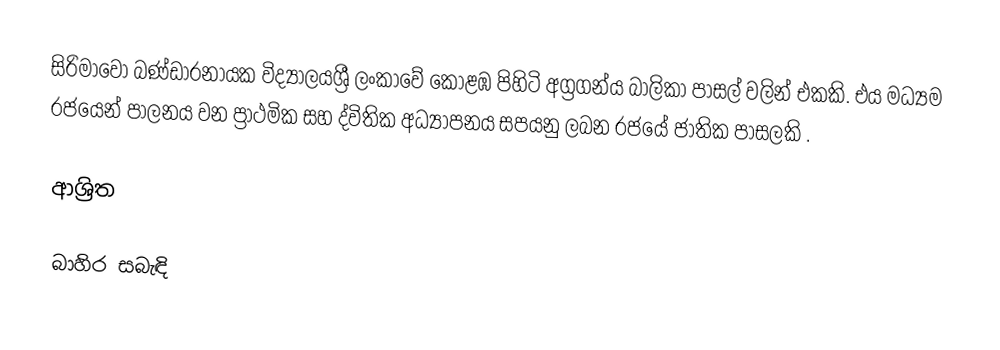
සිරිමාවෝ බණ්ඩාරනායක විද්‍යාලයශ්‍රී ලංකාවේ කොළඹ පිහිටි අග්‍රගන්ය  බාලිකා පාසල් වලින් එකකි. එය මධ්‍යම රජයෙන් පාලනය වන ප්‍රාථමික සහ ද්විතික අධ්‍යාපනය සපයනු ලබන රජයේ ජාතික පාසලකි .

ආශ්‍රිත

බාහිර සබැඳි